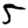
Digit: 5